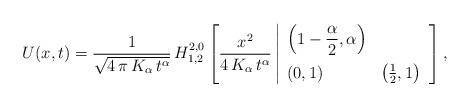
LaTeX: \begin{align*}U(x,t) = \frac{1}{\sqrt{4\,\pi\,K_{\alpha}\,t^{\alpha}}}\,H^{2,0}_{1,2}\left[ \frac{x^2}{4\,K_{\alpha}\,t^{\alpha}}\left|\begin{array}{ll}\displaystyle \left( 1-\frac{\alpha}{2},\alpha\right) & \\[10pt](0,1) & \left( \frac{1}{2},1\right) \end{array}\right.\right],\end{align*}